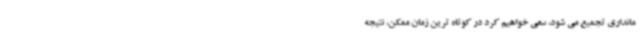
مانداری تجمیع می شود، سعی خواهیم کرد در کوتاه ترین زمان ممکن، نتیجه